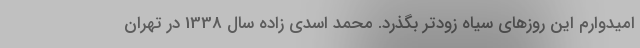
امیدوارم این روزهای سیاه زودتر بگذرد. محمد اسدی زاده سال 1338 در تهران